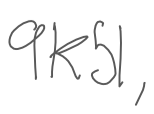
Text: 9K51,
Cross-out: clean
Writing tool: digital_gray